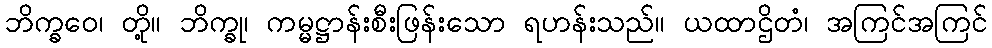
ဘိက္ခဝေ၊ တို့။ ဘိက္ခု၊ ကမ္မဋ္ဌာန်းစီးဖြန်းသော ရဟန်းသည်။ ယထာဌိတံ၊ အကြင်အကြင်